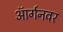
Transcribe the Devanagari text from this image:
ऑर्गनवर